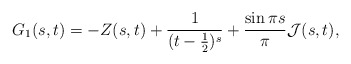
\begin{align*}G_{1}(s,t)=-Z(s,t)+\frac{1}{(t-\frac{1}{2})^s}+\frac{\sin \pi s}{\pi}\mathcal{J}(s,t),\end{align*}